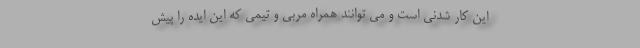
این کار شدنی است و می توانند همراه مربی و تیمی که این ایده را پیش